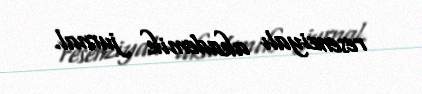
resenziyalı akademik jurnal.